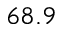
6 8 . 9